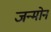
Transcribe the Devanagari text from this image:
जन्मोन